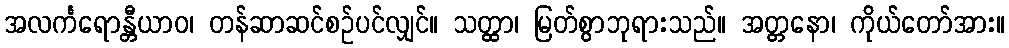
အလင်္ကရောန္တီယာဝ၊ တန်ဆာဆင်စဉ်ပင်လျှင်။ သတ္ထာ၊ မြတ်စွာဘုရားသည်။ အတ္တနော၊ ကိုယ်တော်အား။